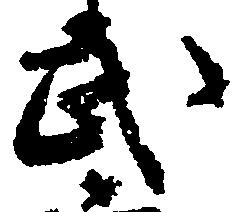
武